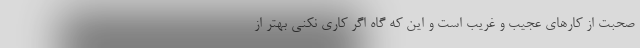
صحبت از کارهای عجیب و غریب است و این که گاه اگر کاری نکنی بهتر از